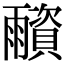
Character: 𩆂